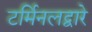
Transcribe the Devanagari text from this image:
टर्मिनलद्वारे